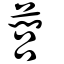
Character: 䕡